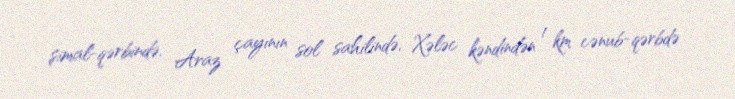
şimal-qərbində, Araz çayının sol sahilində, Xələc kəndindən 1 km cənub-qərbdə